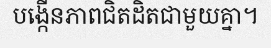
បង្កើនភាពជិតដិតជាមួយគ្នា។